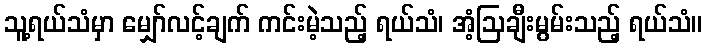
သူ့ရယ်သံမှာ မျှော်လင့်ချက် ကင်းမဲ့သည့် ရယ်သံ၊ အံ့ဩချီးမွမ်းသည့် ရယ်သံ။